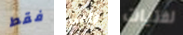
فقط التي لفتيات